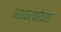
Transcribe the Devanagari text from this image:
वंशपरंपरेच्या